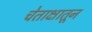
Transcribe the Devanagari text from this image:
चेताक्षातून